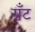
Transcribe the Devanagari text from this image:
ग्रॅंट